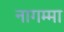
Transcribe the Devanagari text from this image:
नागम्मा